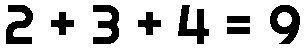
2 + 3 + 4 = 9